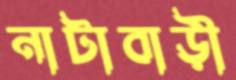
নাটাবাড়ী